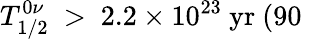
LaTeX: T_{1/2}^{0\nu}\ >\ {2.2}\times 10^{23}\ \mathrm{yr\ (90\ }